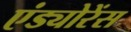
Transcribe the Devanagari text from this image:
एंड्योरेंस